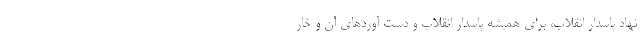
نهاد پاسدار انقلاب، برای همیشه پاسدار انقلاب و دست آوردهای آن و خار